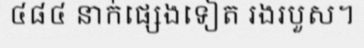
៤៨៤ នាក់ផ្សេងទៀត រងរបួស។